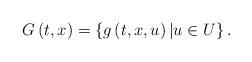
LaTeX: \begin{align*}G\left(t,x\right)=\left\{ g\left(t,x,u\right)|u\in U\right\} .\end{align*}